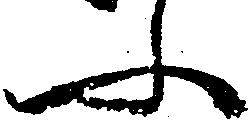
ふ